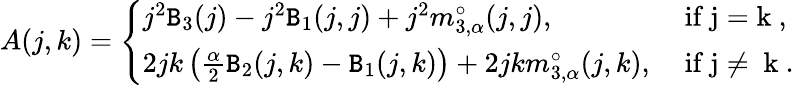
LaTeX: \begin{array}{r}{A(j,k)=\left\{ \begin{array}{ll}{j^{2}\mathtt{B}_{3}(j)-j^{2}\mathtt{B}_{1}(j,j)+j^{2}m_{3,\alpha}^{\circ}(j,j),}&{\mathrm{~if~j=k~},}\\ {2jk\left(\frac{\alpha}2\mathtt{B}_{2}(j,k)-\mathtt{B}_{1}(j,k)\right)+2jkm_{3,\alpha}^{\circ}(j,k),}&{\mathrm{~if~j\ne~k~.}}\end{array}\right.}\end{array}